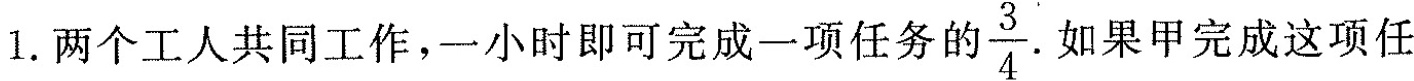
1.两个工人共同工作，一小时即可完成一项任务的 \frac{3}{4}如果甲完成这项任